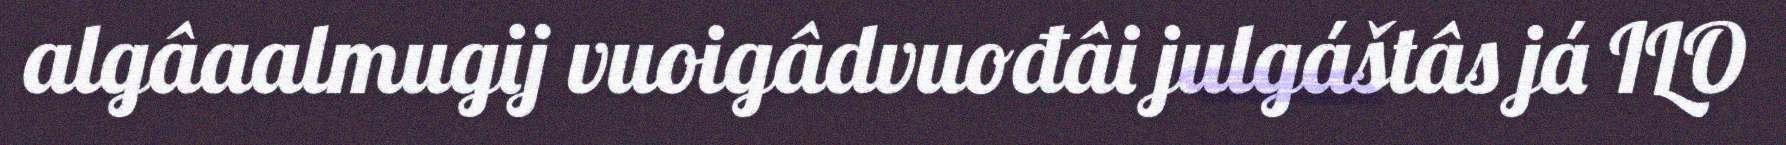
algâaalmugij vuoigâdvuođâi julgáštâs já ILO